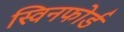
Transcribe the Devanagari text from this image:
स्विनफोर्ड